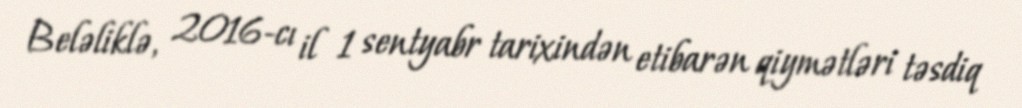
Beləliklə, 2016-cı il 1 sentyabr tarixindən etibarən qiymətləri təsdiq